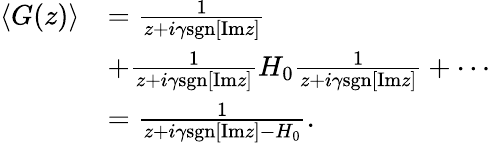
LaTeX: \begin{array}{rl}{\left<G(z)\right>}&{=\frac{1}{z+i\gamma\mathrm{sgn}[\mathrm{Im}z]}}\\ &{+\frac{1}{z+i\gamma\mathrm{sgn}[\mathrm{Im}z]}H_{0}\frac{1}{z+i\gamma\mathrm{sgn}[\mathrm{Im}z]}+\cdots}\\ &{=\frac{1}{z+i\gamma\mathrm{sgn}[\mathrm{Im}z]-H_{0}}.}\end{array}